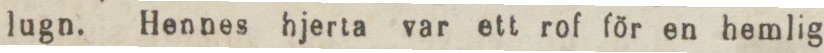
lugn. Hennes hjerta var ett rof för en hemlig